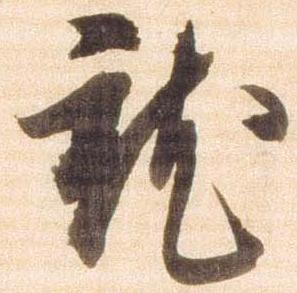
就